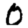
Digit: 0